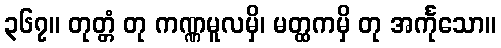
၃၆၇။ တုတ္တံ တု ကဏ္ဏမူလမှိ၊ မတ္ထကမှိ တု အင်္ကုသော။